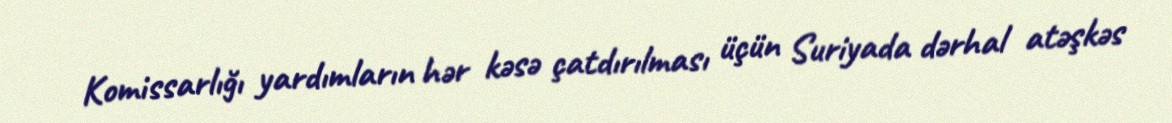
Komissarlığı yardımların hər kəsə çatdırılması üçün Suriyada dərhal atəşkəs